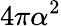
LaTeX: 4\pi\alpha^{2}